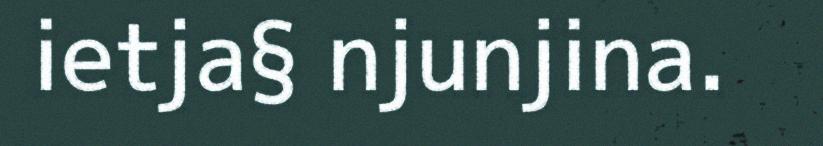
ietja§ njunjina.